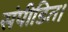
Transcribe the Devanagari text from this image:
संपीडित।